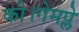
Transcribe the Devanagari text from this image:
की।गेमप्ले